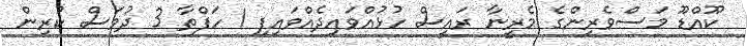
ކޫއްޑޫ މަސްވެރިންގެ މެރީނާ ރައީސް ހުޅުއްވައިދެއްވައިފި 1 ހަފްތާ 3 ދުވަސް ކުރިން